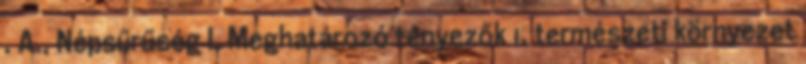
. A., Népsűrűség I. Meghatározó tényezők 1. természeti környezet